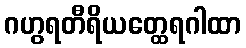
ဂဟွရတီရိယတ္ထေရဂါထာ